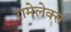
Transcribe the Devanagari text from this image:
रामेलेक्स